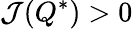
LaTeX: \mathcal{J}(Q^{\ast})>0